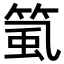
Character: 𥮸